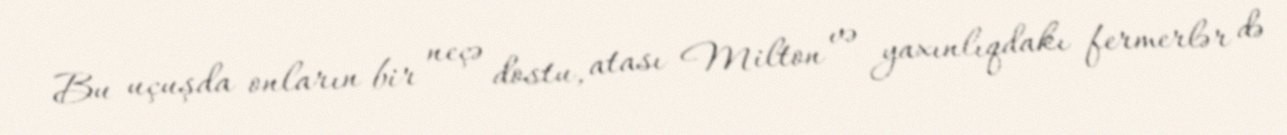
Bu uçuşda onların bir neçə dostu, atası Milton və yaxınlıqdakı fermerlər də